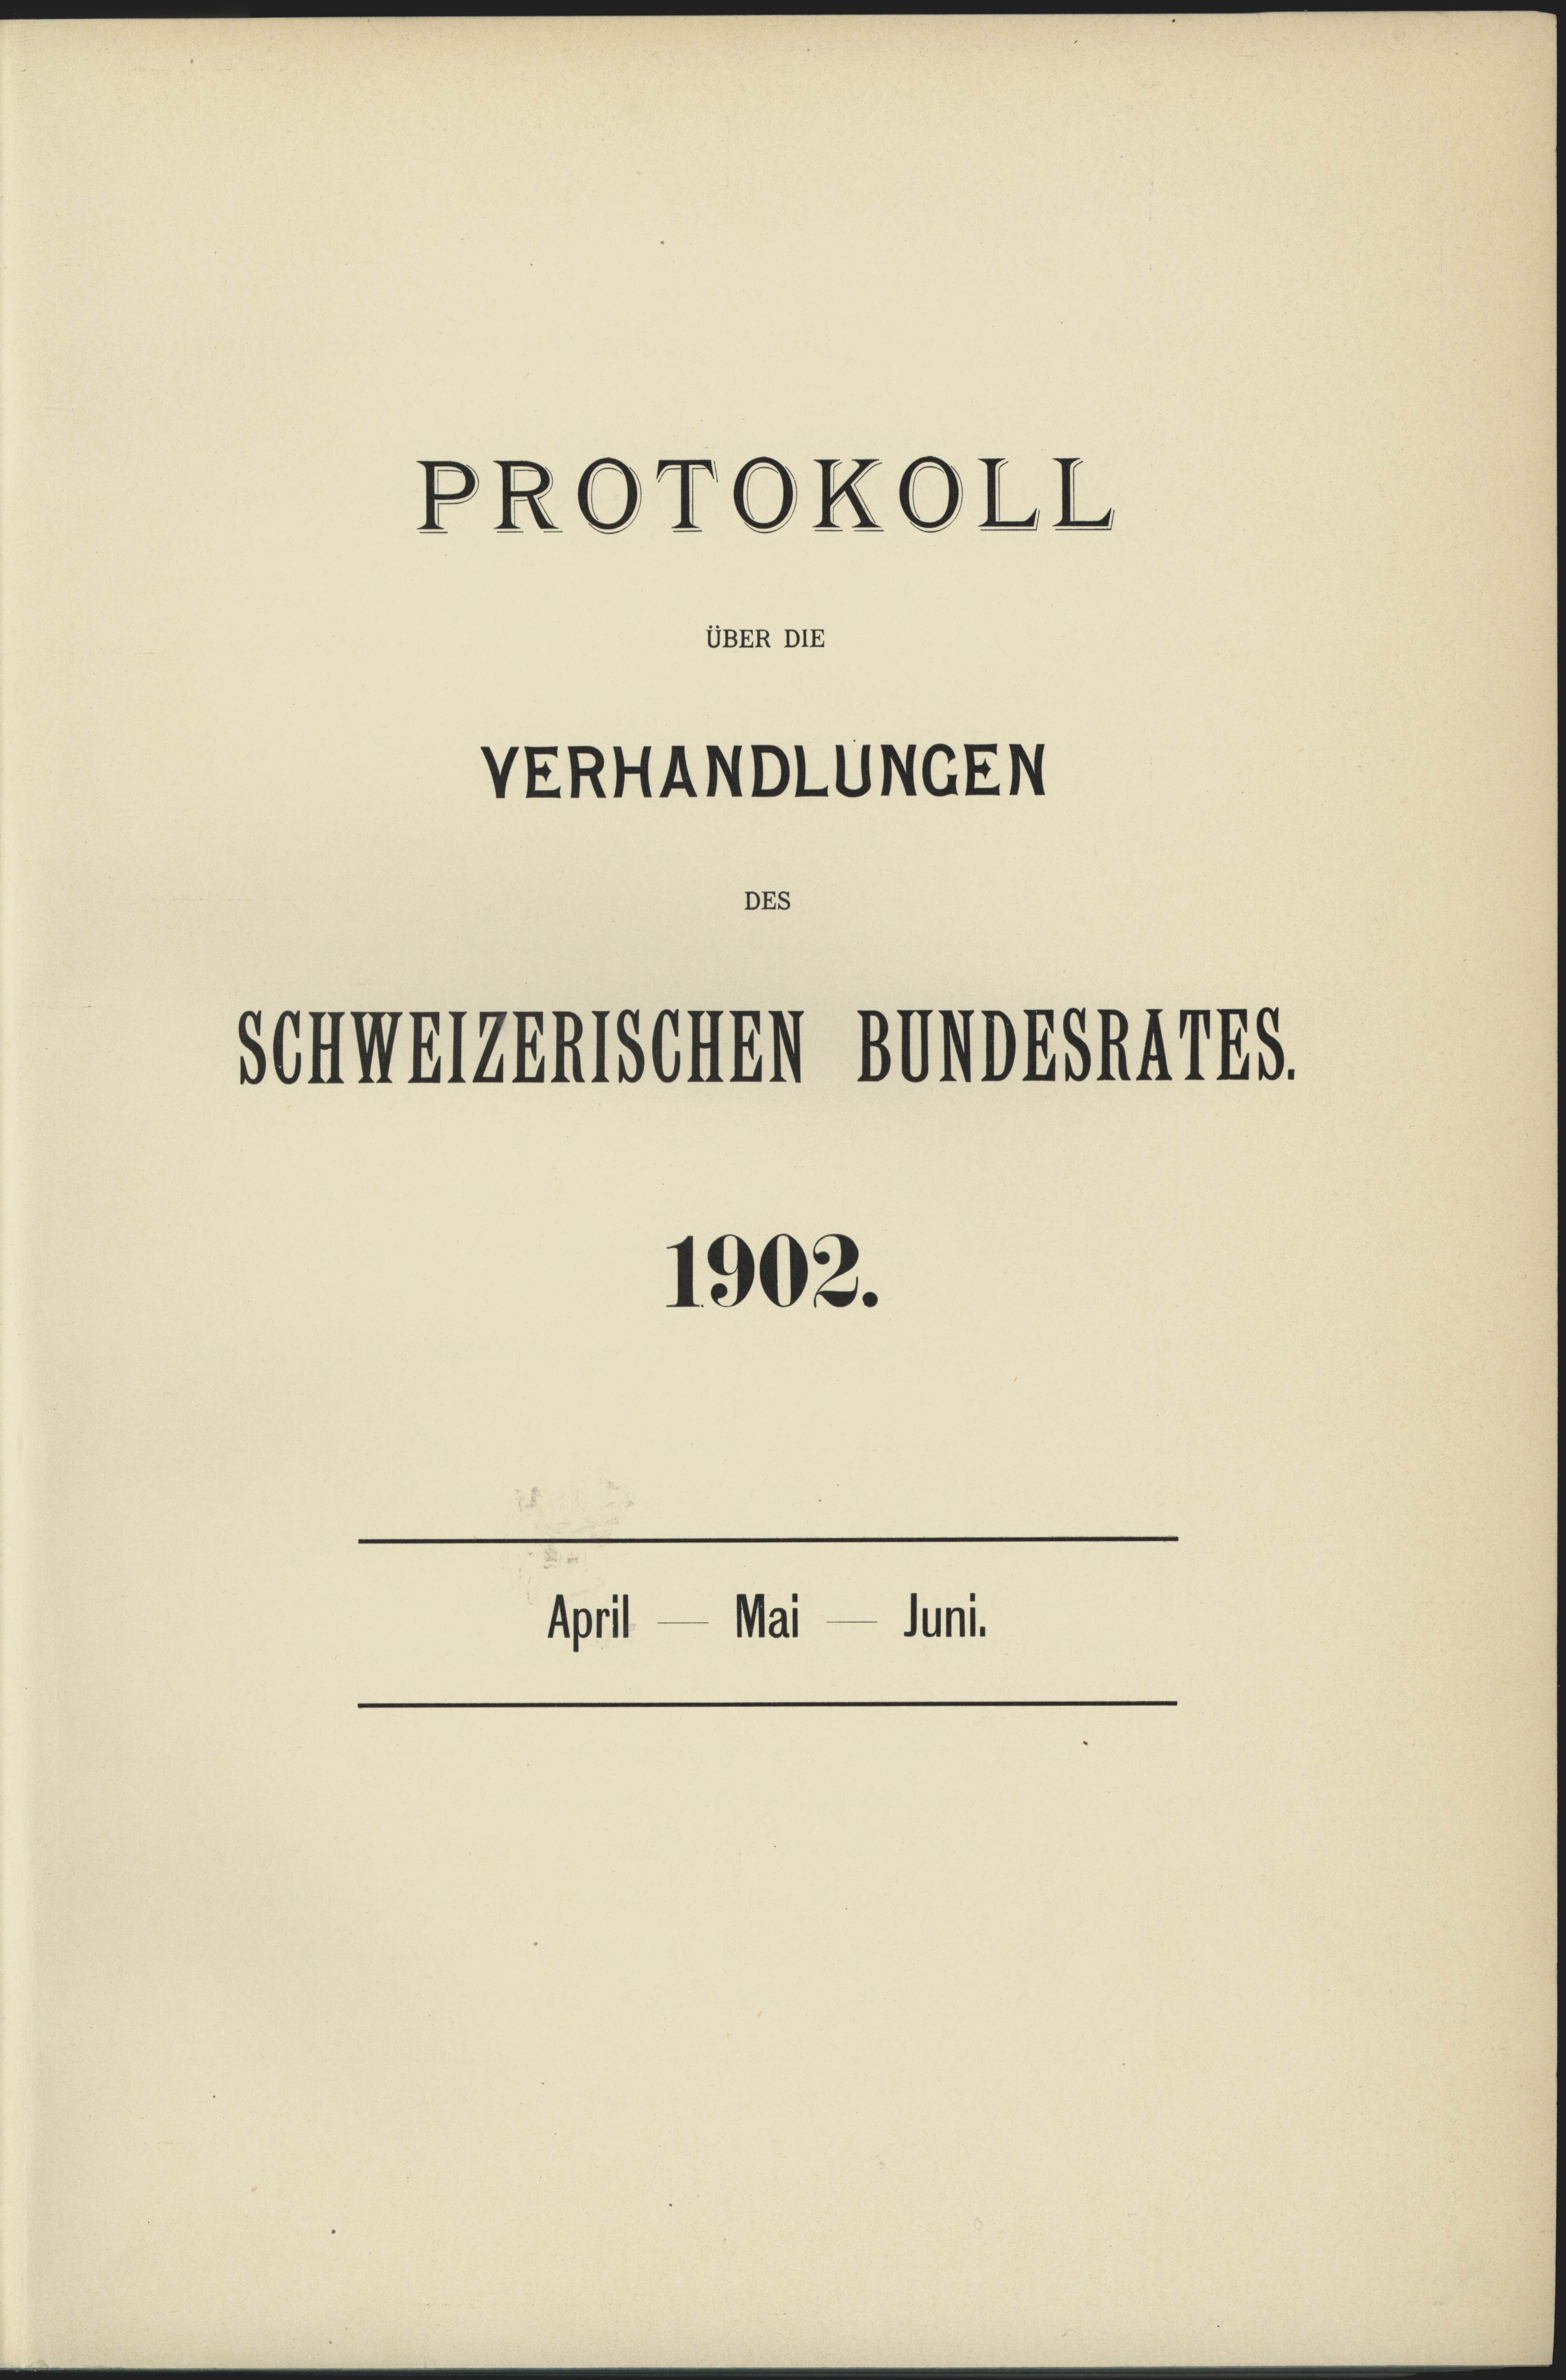
April

PROTOKOLL

VERHANDLUNGEN

Sen Meilenische

DEs

UBER DIE

1902.

Mai

BDBGNATES.

Juni